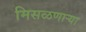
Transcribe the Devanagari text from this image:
मिसळणार्‍या